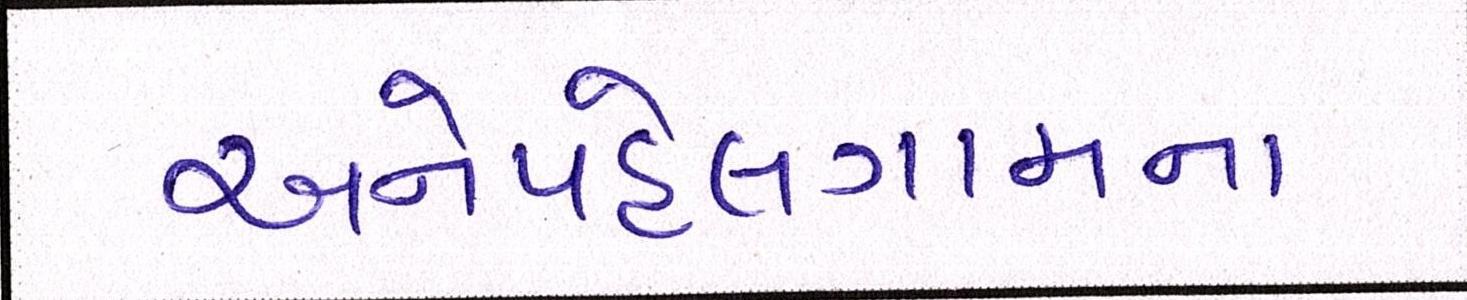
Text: અનેપહેલગામના